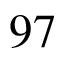
9 7